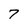
Character: 7